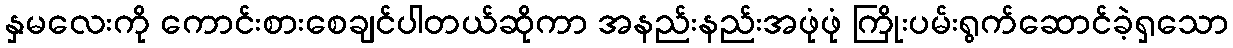
နှမလေးကို ကောင်းစားစေချင်ပါတယ်ဆိုကာ အနည်းနည်းအဖုံဖုံ ကြိုးပမ်းရွက်ဆောင်ခဲ့ရှသော